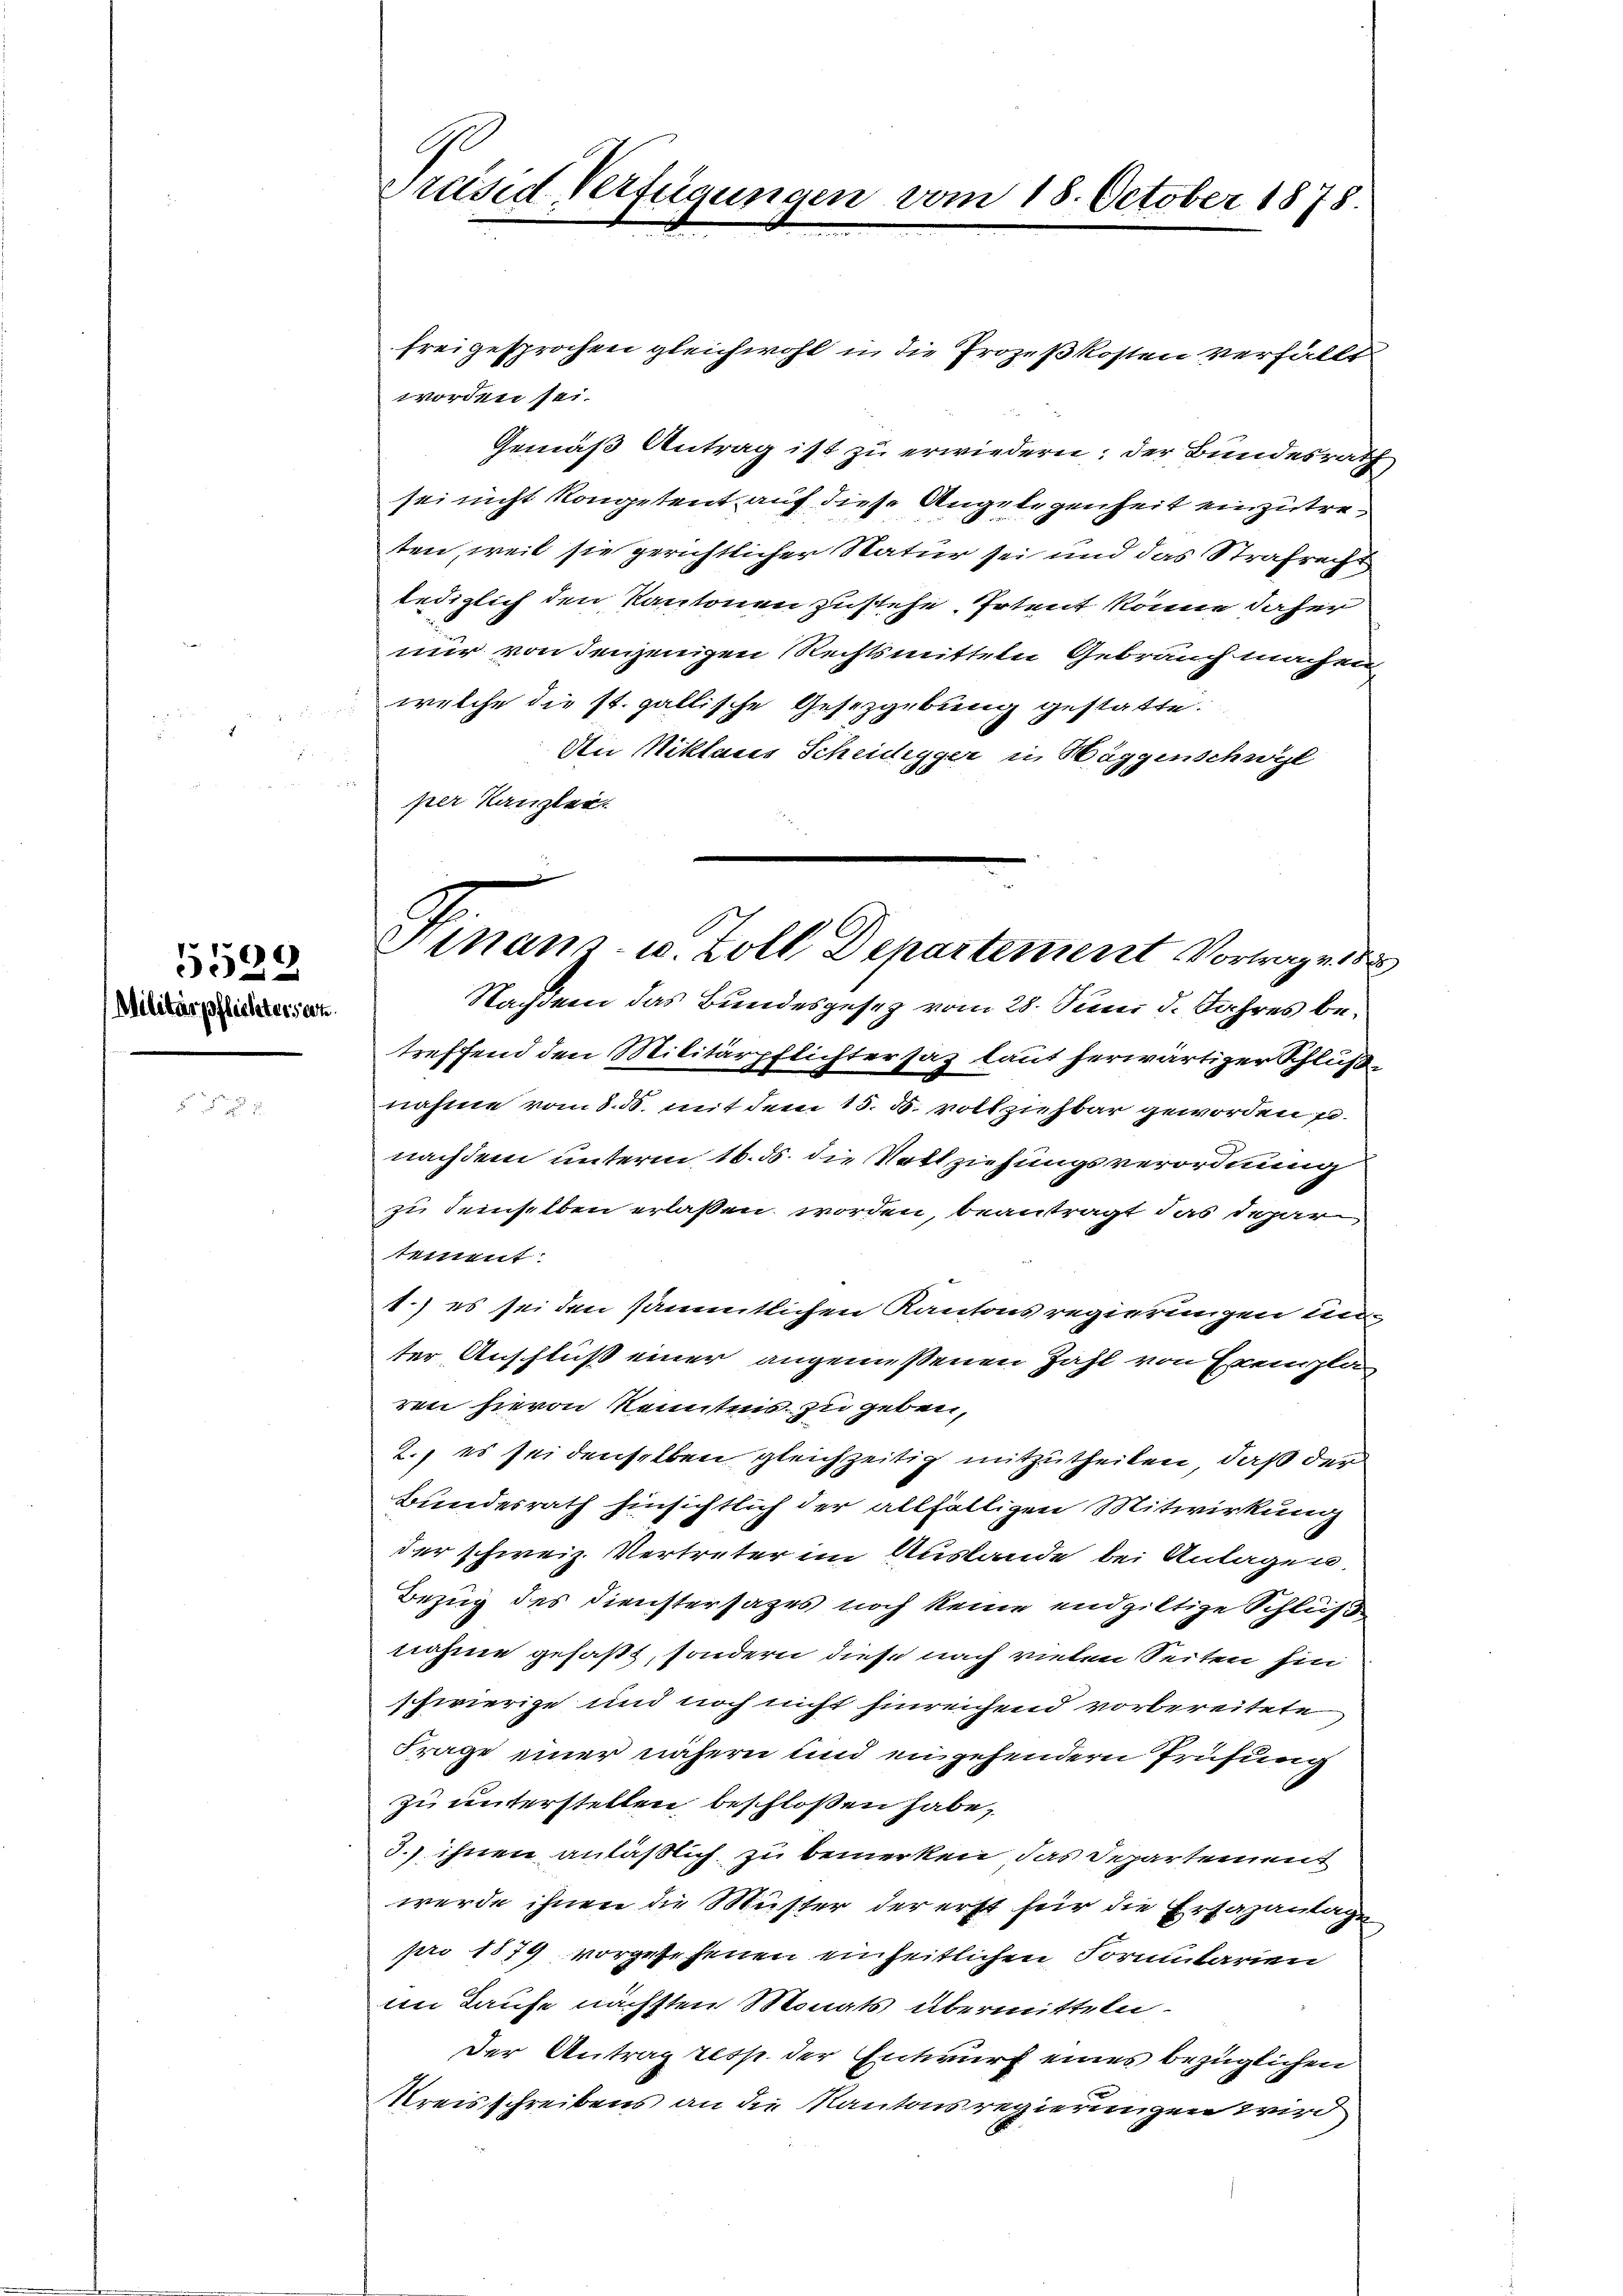
5599
.
Militärpflichters an.

G
Präsid Verfügungen vom 18. October 1878.

freigesprochen gleichwohl in die Prozeßkosten verfällt
worden sei.
Gemäß Antrag ist zu erwiedern: der Bundesrath
sei nicht kompetent auf diese Angelegenheit einzutreten, weil sie gerichtlicher Natur sei und das Strafrecht
lediglich den Kantonen zustehe. Intent könne daher
nur von denjenigen Rechtsmitteln Gebrauch machen
welche die st. gallische Gesetzgebung gestatte.
Den Niklaus Scheidegger in Häggenschwyl
per Kanzlei.
Nachdem das Bundesgesetz vom 28. Juni d. Jahres betreffend den Militärpflichtersaz laut herwärtiger Schluß
nahme vom 8. ds. mit dem 15. d. vollziehbar geworden pnachdem unterm 16. ds. die Vollziehungsverordnung
zu demselben erlassen worden, beantragt das dahar
tement
1.) es sei den sämmtlichen Kantonsregierungen un
ter Anschluß einer angemessenen Zahl von Exemplaren hievon Kenntnis zu geben,
2., es sei denselben gleichzeitig mitzutheilen, daß der
Bundesrath hinsichtlich der allfälligen Mitwirkung
der schweiz. Vertreter im Auslande bei Anlagen.
Bezug des Dienstersages noch keine endgiltige Schlüße
nahme gefaßt, sondern diese nach vielen Seiten hin
schwierige und noch nicht hinreichend vorbereitete,
Frage einer nähern und eingehendern Prüfung
zu unterstellen beschloßen habe,
3.) ihnen anläßlich zu bemerken, das Departement
werde ihnen die Müster der erst für die Erfahantage
pro 1879 vorgesehenen einheitlichen Formularien
im Laufe nächsten Monats übermitteln.
Der Antrag resp. der Entwurf eines bezüglichen
Kreisschreibens an die Kantonsregierungen wird

Finanz- u. Zoll Departement Vortrage